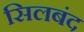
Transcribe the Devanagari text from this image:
सिलबंद